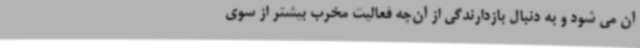
آن می شود و به دنبال بازدارندگی از آن‌چه فعالیت مخرب بیشتر از سوی